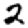
Digit: 2